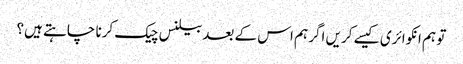
تو ہم انکوائری کیسے کریں اگر ہم اس کے بعد بیلنس چیک کرنا چاہتے ہیں؟